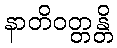
နာတိဝတ္တန္တိ